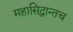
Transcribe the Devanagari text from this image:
महासिद्धान्तच